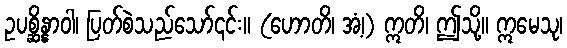
ဥပစ္ဆိန္နာဝါ၊ ပြတ်စဲသည်သော်၎င်း။ (ဟောတိ၊ အံ့၊) ဣတိ၊ ဤသို့။ ဣမေသု၊